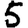
Digit: 5